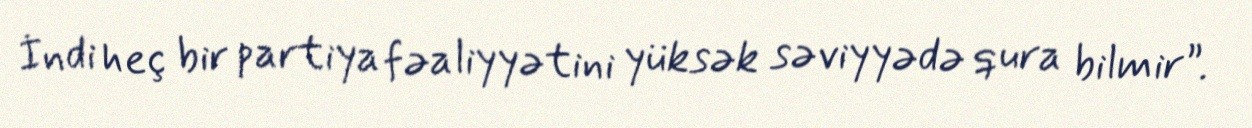
İndi heç bir partiya fəaliyyətini yüksək səviyyədə qura bilmir”.